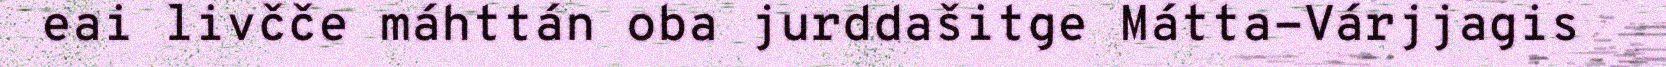
eai livčče máhttán oba jurddašitge Mátta-Várjjagis